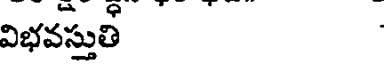
విభవస్తుత